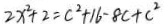
2 x ^ { 2 } + 2 = c ^ { 2 } + 1 6 - 8 c + c ^ { 2 }